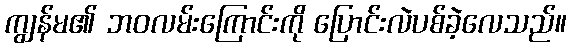
ကျွန်မ၏ ဘဝလမ်းကြောင်းကို ပြောင်းလဲပစ်ခဲ့လေသည်။